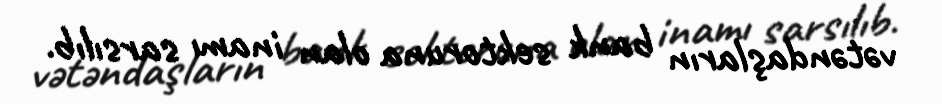
vətəndaşların bank sektoruna olan inamı sarsılıb.